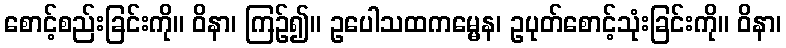
စောင့်စည်းခြင်းကို။ ဝိနာ၊ ကြဉ်၍။ ဥပေါသထကမ္မေန၊ ဥပုတ်စောင့်သုံးခြင်းကို။ ဝိနာ၊